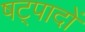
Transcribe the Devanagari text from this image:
षट्पादों